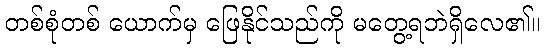
တစ်စုံတစ် ယောက်မှ ဖြေနိုင်သည်ကို မတွေ့ရဘဲရှိလေ၏။